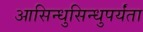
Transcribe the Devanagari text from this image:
आसिन्धुसिन्धुपर्यंता